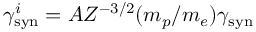
\gamma _ { \mathrm { s y n } } ^ { i } = A Z ^ { - 3 / 2 } ( m _ { p } / m _ { e } ) \gamma _ { \mathrm { s y n } }